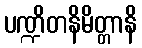
ပဏ္ဍိတနိမိတ္တာနိ